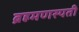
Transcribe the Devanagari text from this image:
ब्रहमणस्पती